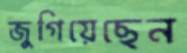
জুগিয়েছেন